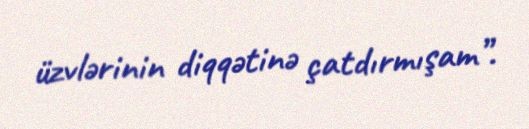
üzvlərinin diqqətinə çatdırmışam”.